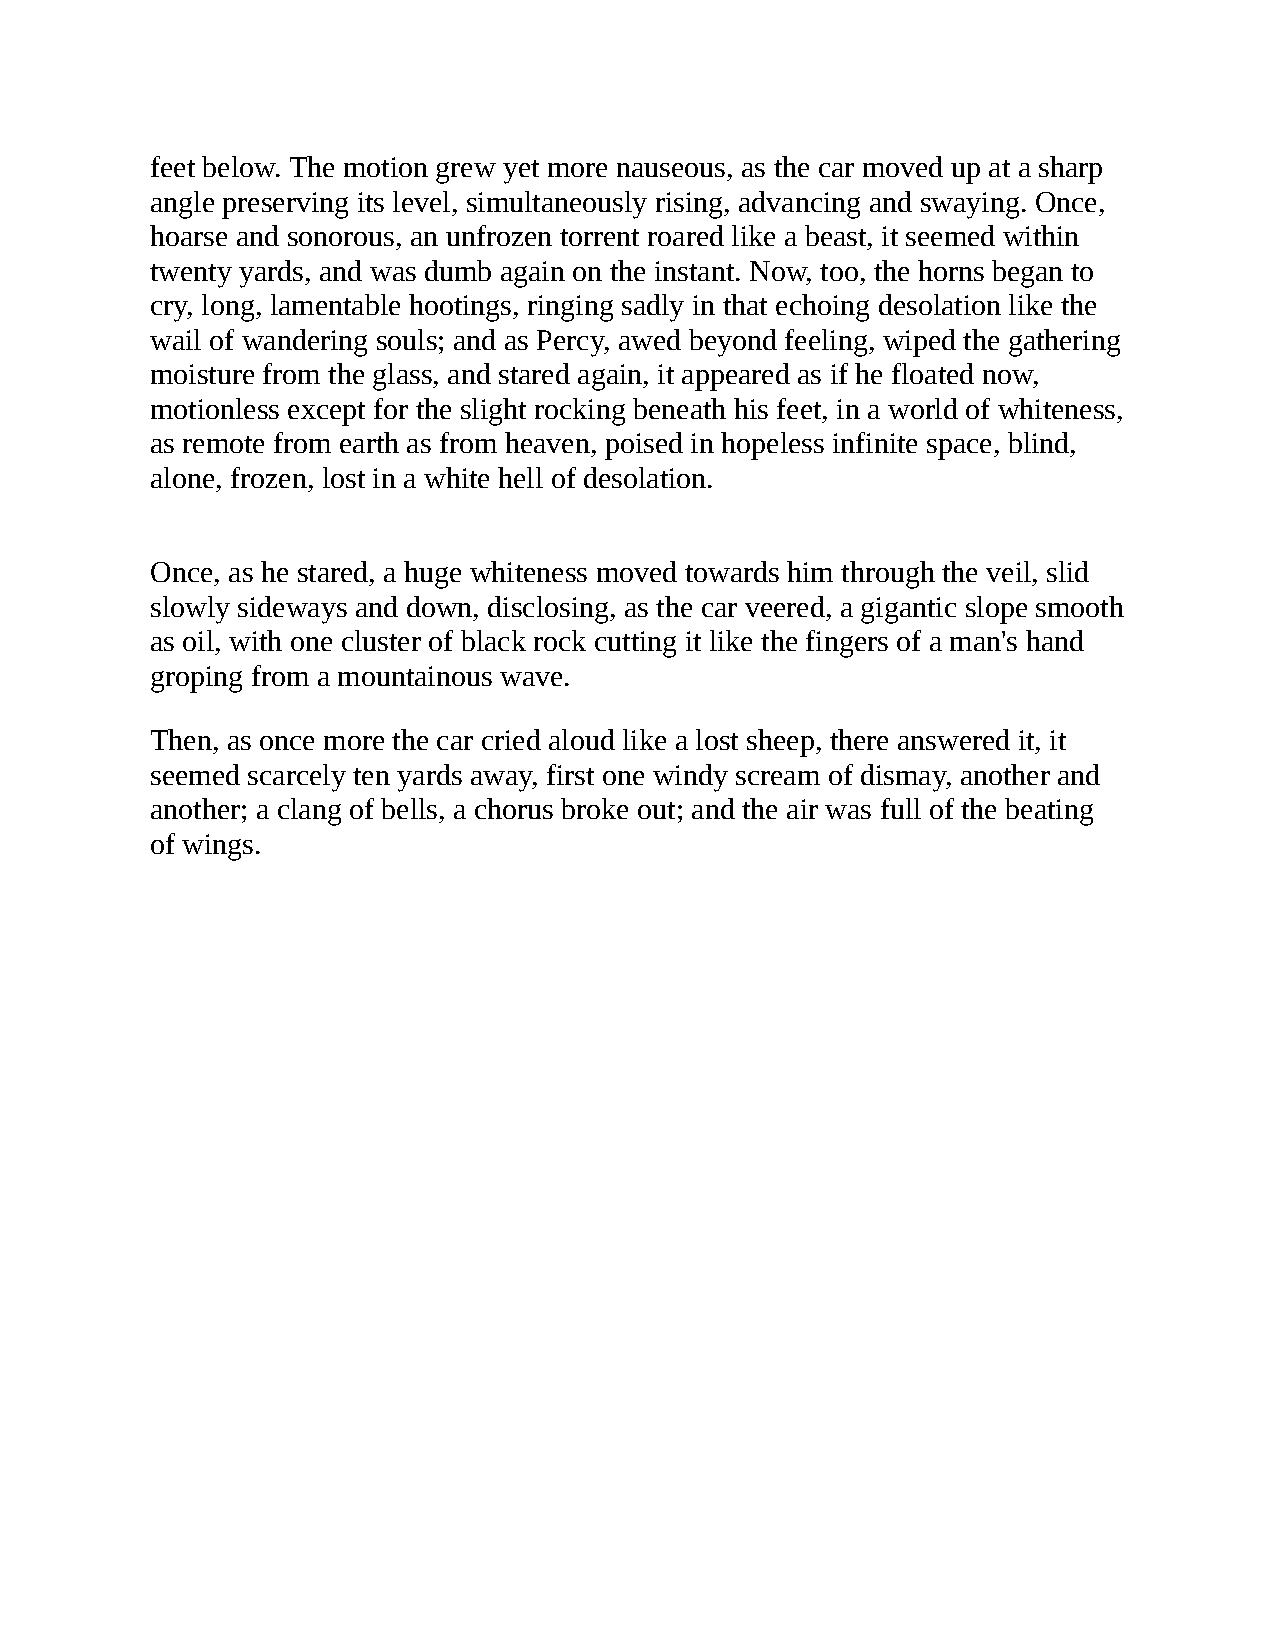
feet below. The motion grew yet more nauseous, as the car moved up at a sharp
 angle preserving its level, simultaneously rising, advancing and swaying. Once,
 hoarse and sonorous, an unfrozen torrent roared like a beast, it seemed within
 twenty yards, and was dumb again on the instant. Now, too, the horns began to
 cry, long, lamentable hootings, ringing sadly in that echoing desolation like the
 wail of wandering souls; and as Percy, awed beyond feeling, wiped the gathering
 moisture from the glass, and stared again, it appeared as if he floated now,
 motionless except for the slight rocking beneath his feet, in a world of whiteness,
 as remote from earth as from heaven, poised in hopeless infinite space, blind,
 alone, frozen, lost in a white hell of desolation.
 Once, as he stared, a huge whiteness moved towards him through the veil, slid
 slowly sideways and down, disclosing, as the car veered, a gigantic slope smooth
 as oil, with one cluster of black rock cutting it like the fingers of a man's hand
 groping from a mountainous wave.
 Then, as once more the car cried aloud like a lost sheep, there answered it, it
 seemed scarcely ten yards away, first one windy scream of dismay, another and
 another; a clang of bells, a chorus broke out; and the air was full of the beating
 of wings.